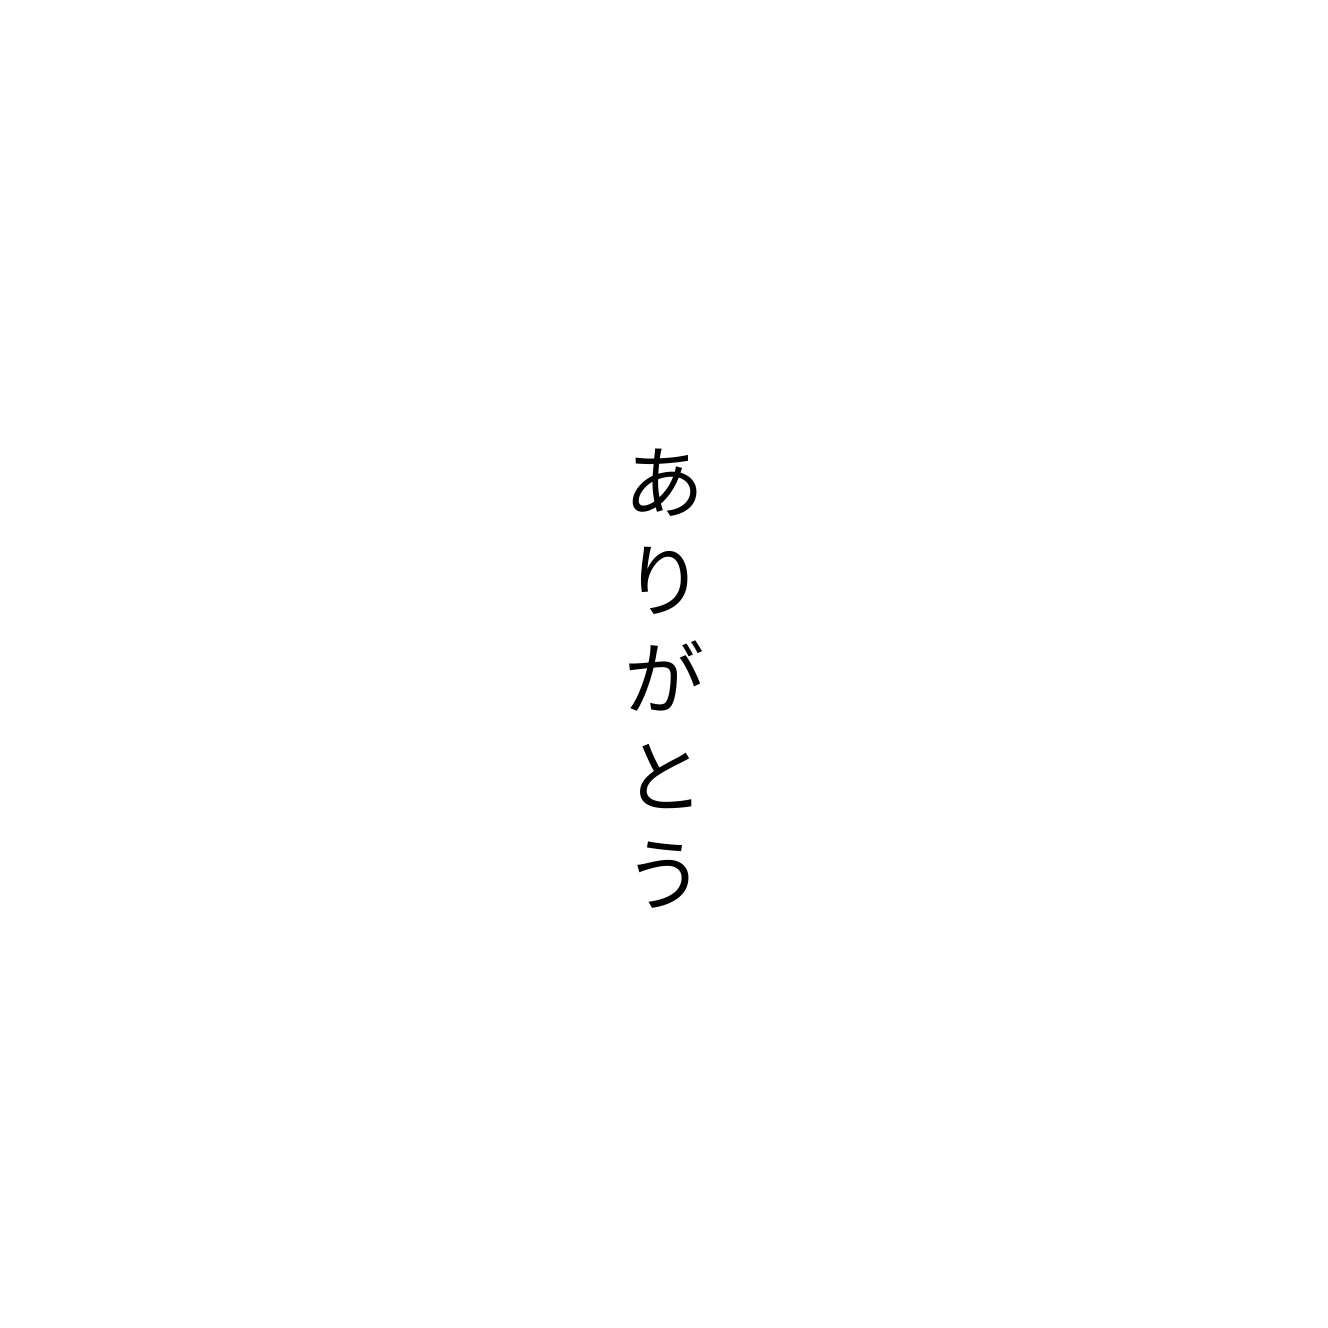
ありがとう